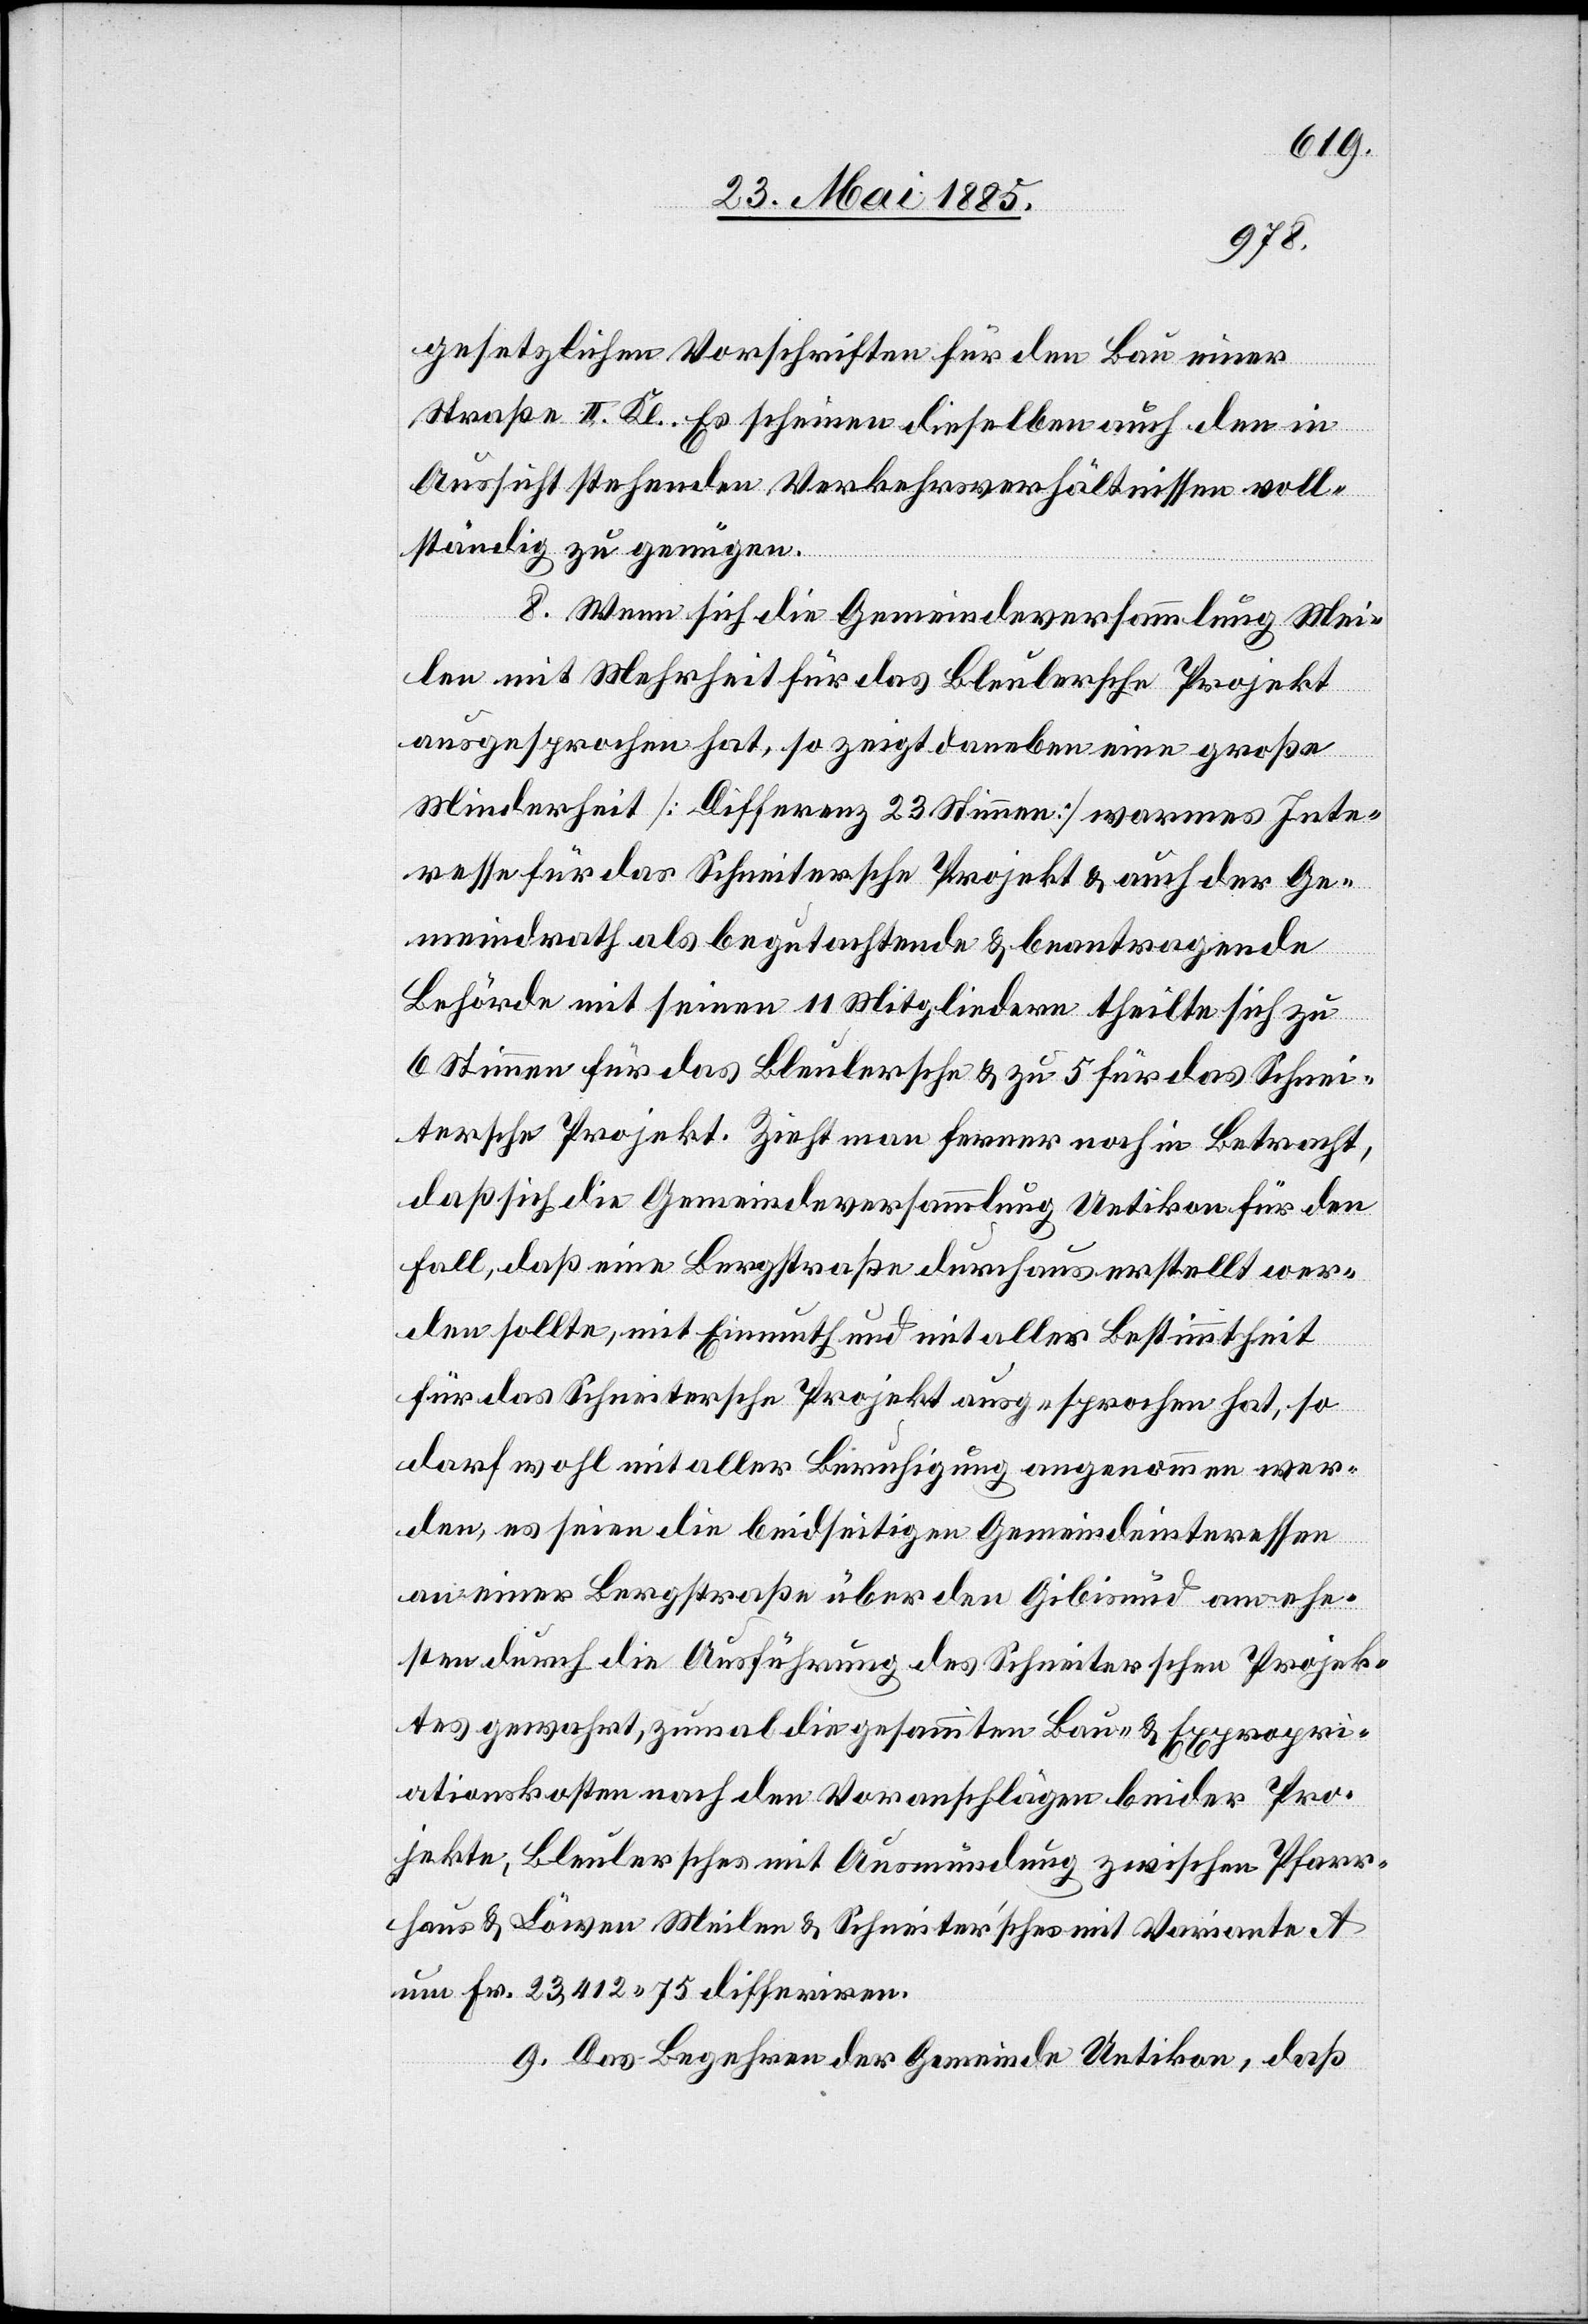
gesetzlichen Vorschriften für den Bau einer
Straße II. Kl. Es scheinen dieselben auch den in
Aussicht stehenden Verkehrsverhältnissen voll¬
ständig zu genügen.
8. Wenn sich die Gemeindeversammlung Mei¬
len mit Mehrheit für das Bleulersche Projekt
ausgesprochen hat, so zeigt daneben eine große
Minderheit [Differenz 23 Stimmen] warmes Inte¬
resse für das Schneitersche Projekt & auch der Ge¬
meindrath als begutachtende & beantragende
Behörde mit seinen 11 Mitgliedern theilt sich zu
6 Stimmen für das Bleulersche & zu 5 für das Schnei¬
dersche Projekt. Zieht man ferner noch in Betracht,
daß sich die Gemeindeversammlung Uetikon für den
Fall, daß eine Bergstraße durchaus erstellt wer¬
den sollte, mit Einmuth und mit voller Bestimmtheit
für das Schneitersche Projekt ausgesprochen hat, so
darf wohl mit aller Beruhigung angenommen wer¬
den, es seien die beidseitigen Gemeindeinteressen
an einer Bergstraße über den Gibisnüd am ehe¬
sten durch die Ausführung des Schneiterschen Projek¬
tes gewahrt, zumal die gesammten Bau- & Expropri¬
ationskosten nach den Voranschlägen beider Pro¬
jekte, Bleulersches mit Ausmündung zwischen Pfarr¬
haus & Löwen Meilen & Schneiter’sches mit Variante A
um Fr. 33,412 75 differiren.
9. Das Begehren der Gemeinde Uetikon, daß